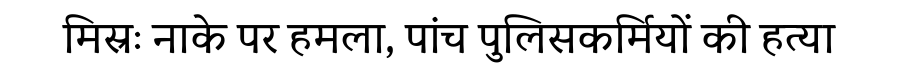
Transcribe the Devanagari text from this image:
मिस्रः नाके पर हमला, पांच पुलिसकर्मियों की हत्या